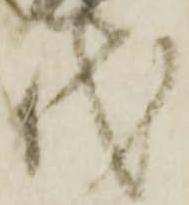
代